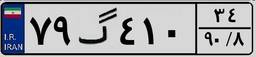
۷۱گ۴۳۲۷۶